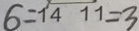
6 = 1 4 1 1 = 3